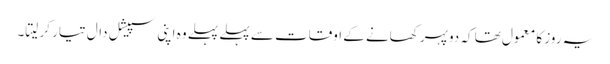
یہ روز کا معمول تھا کہ دوپہر کھانے کے اوقات سے پہلے پہلے وہ اپنی سپیشل دال تیار کر لیتا۔